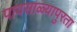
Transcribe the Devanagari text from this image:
पावसाळ्यापुरता